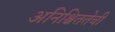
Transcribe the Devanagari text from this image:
अनिश्चिततेची